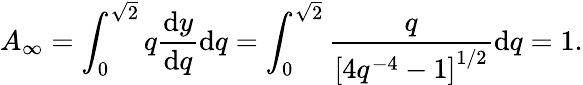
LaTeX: A_{\infty}=\int_{0}^{\sqrt{2}}q\frac{\mathrm{d}y}{\mathrm{d}q}\mathrm{d}q=\int_{0}^{\sqrt{2}}\frac{q}{\left[4q^{-4}-1\right]^{1/2}}\mathrm{d}q=1.